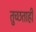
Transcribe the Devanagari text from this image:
तुच्छताही